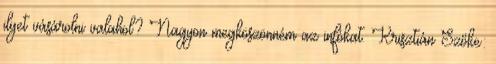
ilyet vásárolni valahol? Nagyon megköszönném az infókat. Krisztián Szőke: